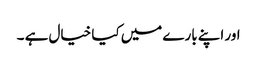
اور اپنے بارے میں کیا خیال ہے ۔